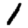
Digit: 1